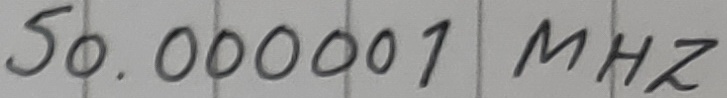
Text: 50.00001 MHZ